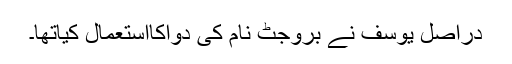
دراصل یوسف نے بروجٹ نام کی دواکااستعمال کیاتھا۔